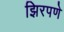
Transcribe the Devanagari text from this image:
झिरपणे